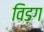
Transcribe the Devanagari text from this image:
विड़ग